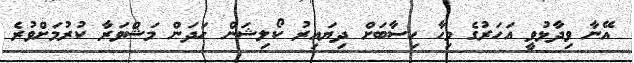
އޭނާ ވިދާޅުވީ އަހަރުގެ މިހާ ހިސާބަށް ދިޔައިރު ކޯލިޝަން ހަދަން މަޝްވަރާ ކުރުމަށްވުރެ